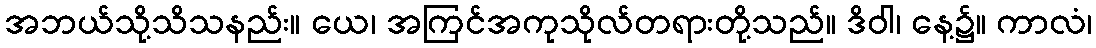
အဘယ်သို့သိသနည်း။ ယေ၊ အကြင်အကုသိုလ်တရားတို့သည်။ ဒိဝါ၊ နေ့၌။ ကာလံ၊